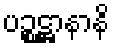
ပဉ္စဋ္ဌာနာနိ